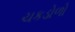
ચકડોળો